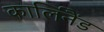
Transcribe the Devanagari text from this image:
कार्लिनैंड